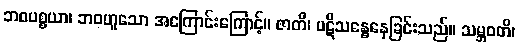
ဘဝပစ္စယာ၊ ဘဝဟူသော အကြောင်းကြောင့်။ ဇာတိ၊ ပဋိသန္ဓေနေခြင်းသည်။ သမ္ဘဝတိ၊